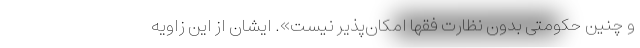
و چنین حکومتی بدون نظارت فقها امکان‌پذیر نیست». ایشان از این زاویه